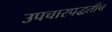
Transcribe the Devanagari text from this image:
उपचारपद्धतीच